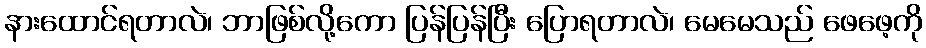
နားထောင်ရတာလဲ၊ ဘာဖြစ်လို့ကော ပြန်ပြန်ပြီး ပြောရတာလဲ၊ မေမေသည် ဖေဖေ့ကို